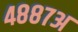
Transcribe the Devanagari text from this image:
४८८७अ